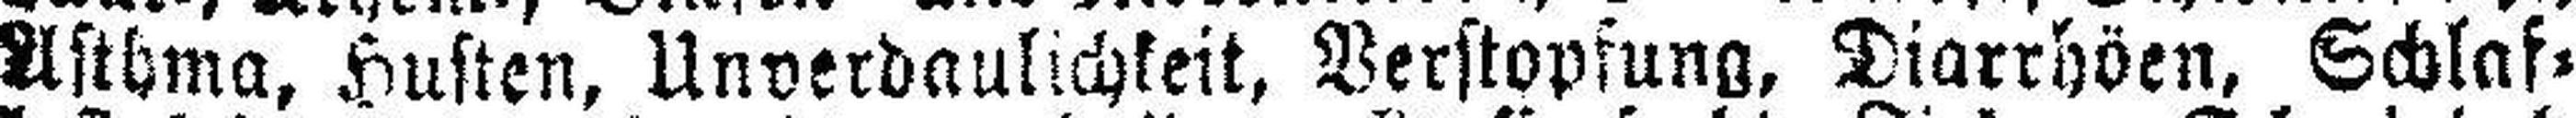
Asthma, Husten, Unverdaulichkeit, Verstopfung, Diarrhöen, Schlaf¬